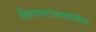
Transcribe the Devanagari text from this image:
शिल्पपटांच्याखालीच